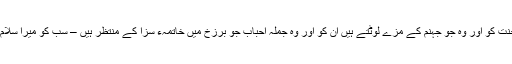
جملہ اہلِ جنت کو اور وہ جو جہنم کے مزے لوٹتے ہیں اُن کو اور وہ جُملہ احباب جو برزخ میں خاتمہء سزا کے منتظر ہیں – سب کو میرا سلام پہنچا دینا۔